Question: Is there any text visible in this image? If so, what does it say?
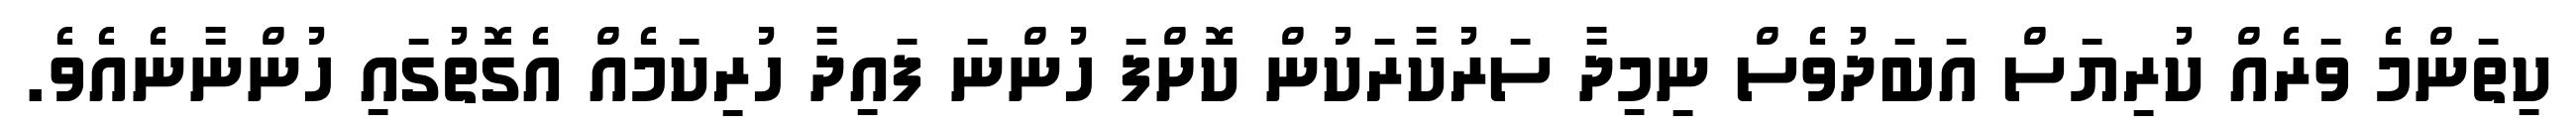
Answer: ކިތަންމެ ވަރެއް ކުރިޔަސް އަބަދުވެސް ނިމިދާ ސަރުކާރަކުން ކޮށްފަ ހުންނަ ފައިދާ ހުރިކަމެއް އެގޮތުގައި ހުންނާނެއެވެ.